Report on horse surra - Volume II, Part II
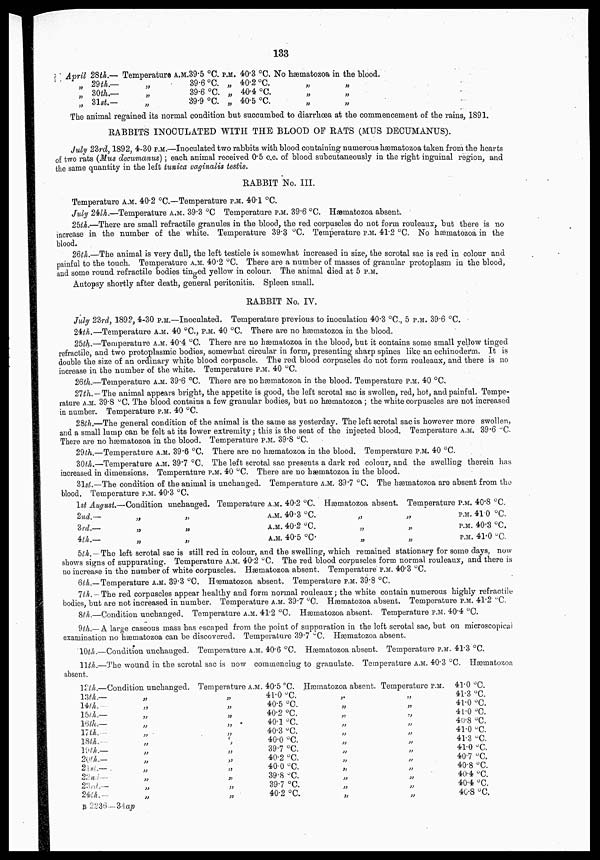
133
April
„
„
„
28th.—
29th.—
30th.—
31st.—
Temperature
„
„
„
A.M.39.5°C.
39.6°C.
39.6°C.
39.9.°C.
P.M.
„
„
„
40.3°C.
40.2.°C.
40.4.°C.
40.5°C.
No hæmatozoa in the blood.
„
„
„
„
„
„
The animal regained its normal condition but succumbed to diarrhœa at the commencement of the rains, 1891.
RABBITS INOCULATED WITH THE BLOOD OF RATS (MUS DECUMANUS).
July 23rd, 1892, 4-30 P.M.—Inoculated two rabbits with blood containing numerous hæmatozoa taken from the hearts
of two rats (Mus decumanus); each animal received 0.5 c.c. of blood subcutaneously in the right inguinal region, and
the same quantity in the left tunica vaginalis testis.
RABBIT No. III.
Temperature A.M. 40.2 °C.—Temperature P.M. 40.1 °C.
July 24th.—Temperature A.M. 39.3 °C Temperature P.M. 39.6 °C. Hæmatozoa absent.
25th.—There are small refractile granules in the blood, the red corpuscles do not form rouleaux, but there is no
increase in the number of the white. Temperature 39.3 °C. Temperature P.M. 41.2 °C. No hæmatozoa in the
blood.
26th.—The animal is very dull, the left testicle is somewhat increased in size, the scrotal sac is red in colour and
painful to the touch. Temperature A.M. 40.2 °C. There are a number of masses of granular protoplasm in the blood,
and some round refractile bodies tinged yellow in colour. The animal died at 5 P.M.
Autopsy shortly after death, general peritonitis. Spleen small.
RABBIT No. IV.
July 23rd, 1892, 4-30 P.M.—Inoculated. Temperature previous to inoculation 40.3 °C., 5 P.M. 39.6 °C.
24th.—Temperature A.M. 40 °C., P.M. 40 °C. There are no hæmatozoa in the blood.
25th.—Temperature A.M. 40.4 °C. There are no hæmatozoa in the blood, but it contains some small yellow tinged
refractile, and two protoplasmic bodies, somewhat circular in form, presenting sharp spines like an echinoderm. It is
double the size of an ordinary white blood corpuscle. The red blood corpuscles do not form rouleaux, and there is no
increase in the number of the white. Temperature P.M. 40 °C.
26th.—Temperature A.M. 39.6 °C. There are no hæmatozoa in the blood. Temperature P.M. 40 °C.
27th.—The animal appears bright, the appetite is good, the left scrotal sac is swollen, red, hot, and painful. Tempe-
rature A.M. 39.8 °C. The blood contains a few granular bodies, but no hæmatozoa ; the white corpuscles are not increased
in number. Temperature P.M. 40 °C.
28th.—The general condition of the animal is the same as yesterday. The left scrotal sac is however more swollen,
and a small lump can be felt at its lower extremity; this is the seat of the injected blood. Temperature A.M. 39.6 °C.
There are no hæmatozoa in the blood. Temperature P.M. 39.8 °C.
29th.—Temperature A.M. 39.6 °C. There are no hæmatozoa in the blood. Temperature P.M. 40 °C.
30th.—Temperature A.M. 39.7 °C. The left scrotal sac presents a dark red colour, and the swelling therein has
increased in dimensions. Temperature P.M. 40 °C. There are no hæmatozoa in the blood.
31st.—The condition of the animal is unchanged. Temperature A.M. 39.7 °C. The hæmatozoa are absent from the
blood. Temperature P.M. 40.3 °C.
1st August.—Condition unchanged.
2nd.—
3rd.—
4th.—
„
„
„
„
„
„
Temperature A.M. 40.2 °C.
A.M. 40.3 °C.
A.M. 40.2 °C.
A.M. 40.5 °C.
Hæmatozoa absent.
„
„
„
Temperature P.M. 40.8 °C.
„
„
„
P.M. 41.0 °C.
P.M. 40.3 °C.
P.M. 41.0 °C.
5th.—The left scrotal sac is still red in colour, and the swelling, which remained stationary for some days, now
shows signs of suppurating. Temperature A.M. 40.2 °C. The red blood corpuscles form normal rouleaux, and there is
no increase in the number of white corpuscles. Hæmatozoa absent. Temperature P.M. 40.3 °C.
6th.—Temperature A.M. 39.3 °C, Hæmatozoa absent. Temperature P.M. 39.8 °C.
7th.—The red corpuscles appear healthy and form normal rouleaux; the white contain numerous highly refractile
bodies, but are not increased in number. Temperature A.M. 39.7 °C. Hæmatozoa absent. Temperature P.M. 41.2 °C.
8th.—Condition unchanged. Temperature A.M. 41.2 °C. Hæmatozoa absent. Temperature P.M. 40.4 °C.
9th.— A large caseous mass has escaped from the point of suppuration in the left scrotal sac, but on microscopical
examination no hæmatozoa can be discovered. Temperature 39.7 °C. Hæmatozoa absent.
10th.—Condition unchanged. Temperature A.M. 40.6 °C. Hæmatozoa absent. Temperature P.M. 41.3 °C.
11th.—The wound in the scrotal sac is now commencing to granulate. Temperature A.M. 40.3 °C. Hæmatozoa
absent.
12th.—
13th.—
14th.—
15th.—
16th.—
17th.—
18th.—
19th.—
20th.—
21st.—
22nd.—
23rd.—
24th.—
Condition unchanged.
„
„
„
„
„
„
„
„
„
„
„
„
Temperature A.M.
„
„
„
„
„
„
„
„
„
„
„
„
40.5 °C.
41.0 °C.
40.5 °C.
40.2 °C.
40.1 °C.
40.3 °C.
40.0 °C.
39.7 °C.
40.2 °C.
40.0 °C.
39.8 °C.
39.7 °C.
40.2 °C.
Hæmatozoa absent.
„
„
„
„
„
„
„
„
„
„
„
„
Temperature P.M.
„
„
„
„
„
„
„
„
„
„
„
„
41.0 °C.
41.3 °C.
41.0 °C.
41.0 °C.
40.8 °C.
41.0 °C.
41.3 °C.
41.0 °C
40.7 °C,
40.8 °C.
40.4 °C.
40.4 °C.
40.8 °C.
B 2236—34ap